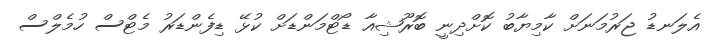
އެލަނޑު ޖަރުމަނަށް ކާމިޔާބު ކޮށްދިނީ ބޮރޫޝިއާ ޑޯޓްމަންޑަށް ކުޅޭ ޑިފެންޑަރު މެޓްސް ހުމެލްސް